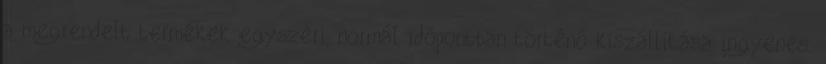
a megrendelt termékek egyszeri, normál időpontban történő kiszállítása ingyenes.